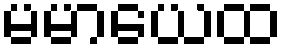
မမာယေထ